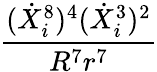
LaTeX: \frac{(\dot{X}_{i}^{8})^{4}(\dot{X}_{i}^{3})^{2}}{R^{7}r^{7}}